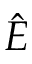
\hat { \boldsymbol E }